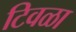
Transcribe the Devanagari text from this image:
टिवळा